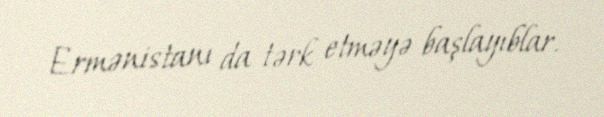
Ermənistanı da tərk etməyə başlayıblar.